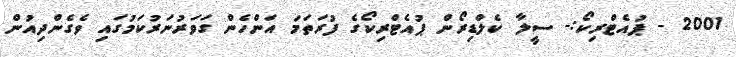
2001 - ޕުއެޓްރިކޯ:- ސީލާ ކެލްޑިރޯން ޕުއެޓްރިކޯގެ ފުރަތަމަ އަންހެން ގަވަރުނަރުކަމުގައި ވެގެންދިއުން